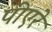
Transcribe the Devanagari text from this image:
पीएरे